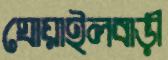
ঘোয়াইলবাড়ী